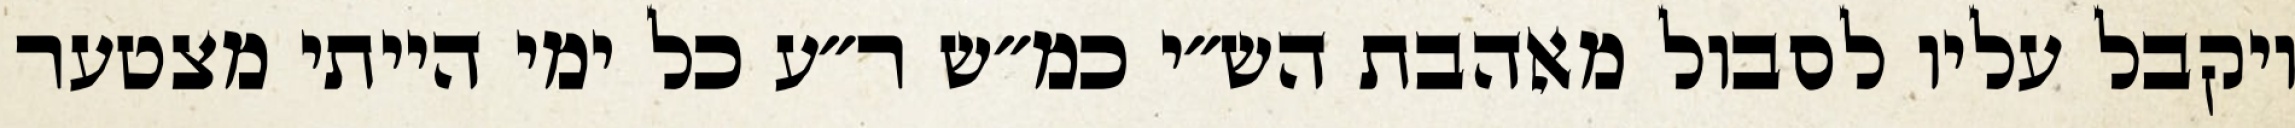
ויקבל עליו לסבול מאהבת הש״י כמ״ש ר״ע כל ימי הייתי מצטער